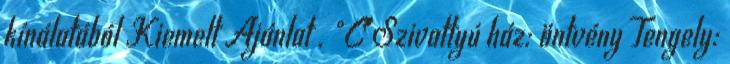
kínálatából Kiemelt Ajánlat . °C Szivattyú ház: öntvény Tengely: